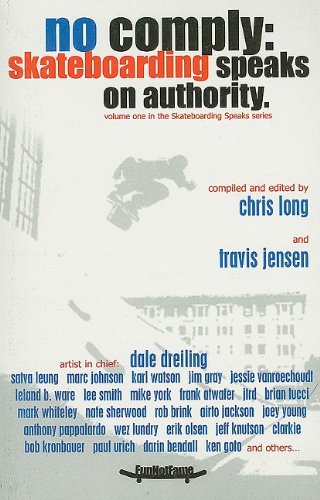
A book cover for No Comply: Skateboarding Speaks on Authority; Sports & Outdoors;